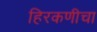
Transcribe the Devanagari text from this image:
हिरकणीचा